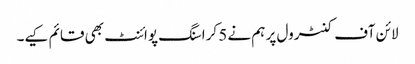
لائن آف کنٹرول پر ہم نے 5 کراسنگ پوائنٹ بھی قائم کیے۔